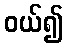
ဝယ်၍